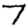
Digit: 7